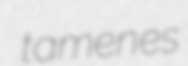
tamenes